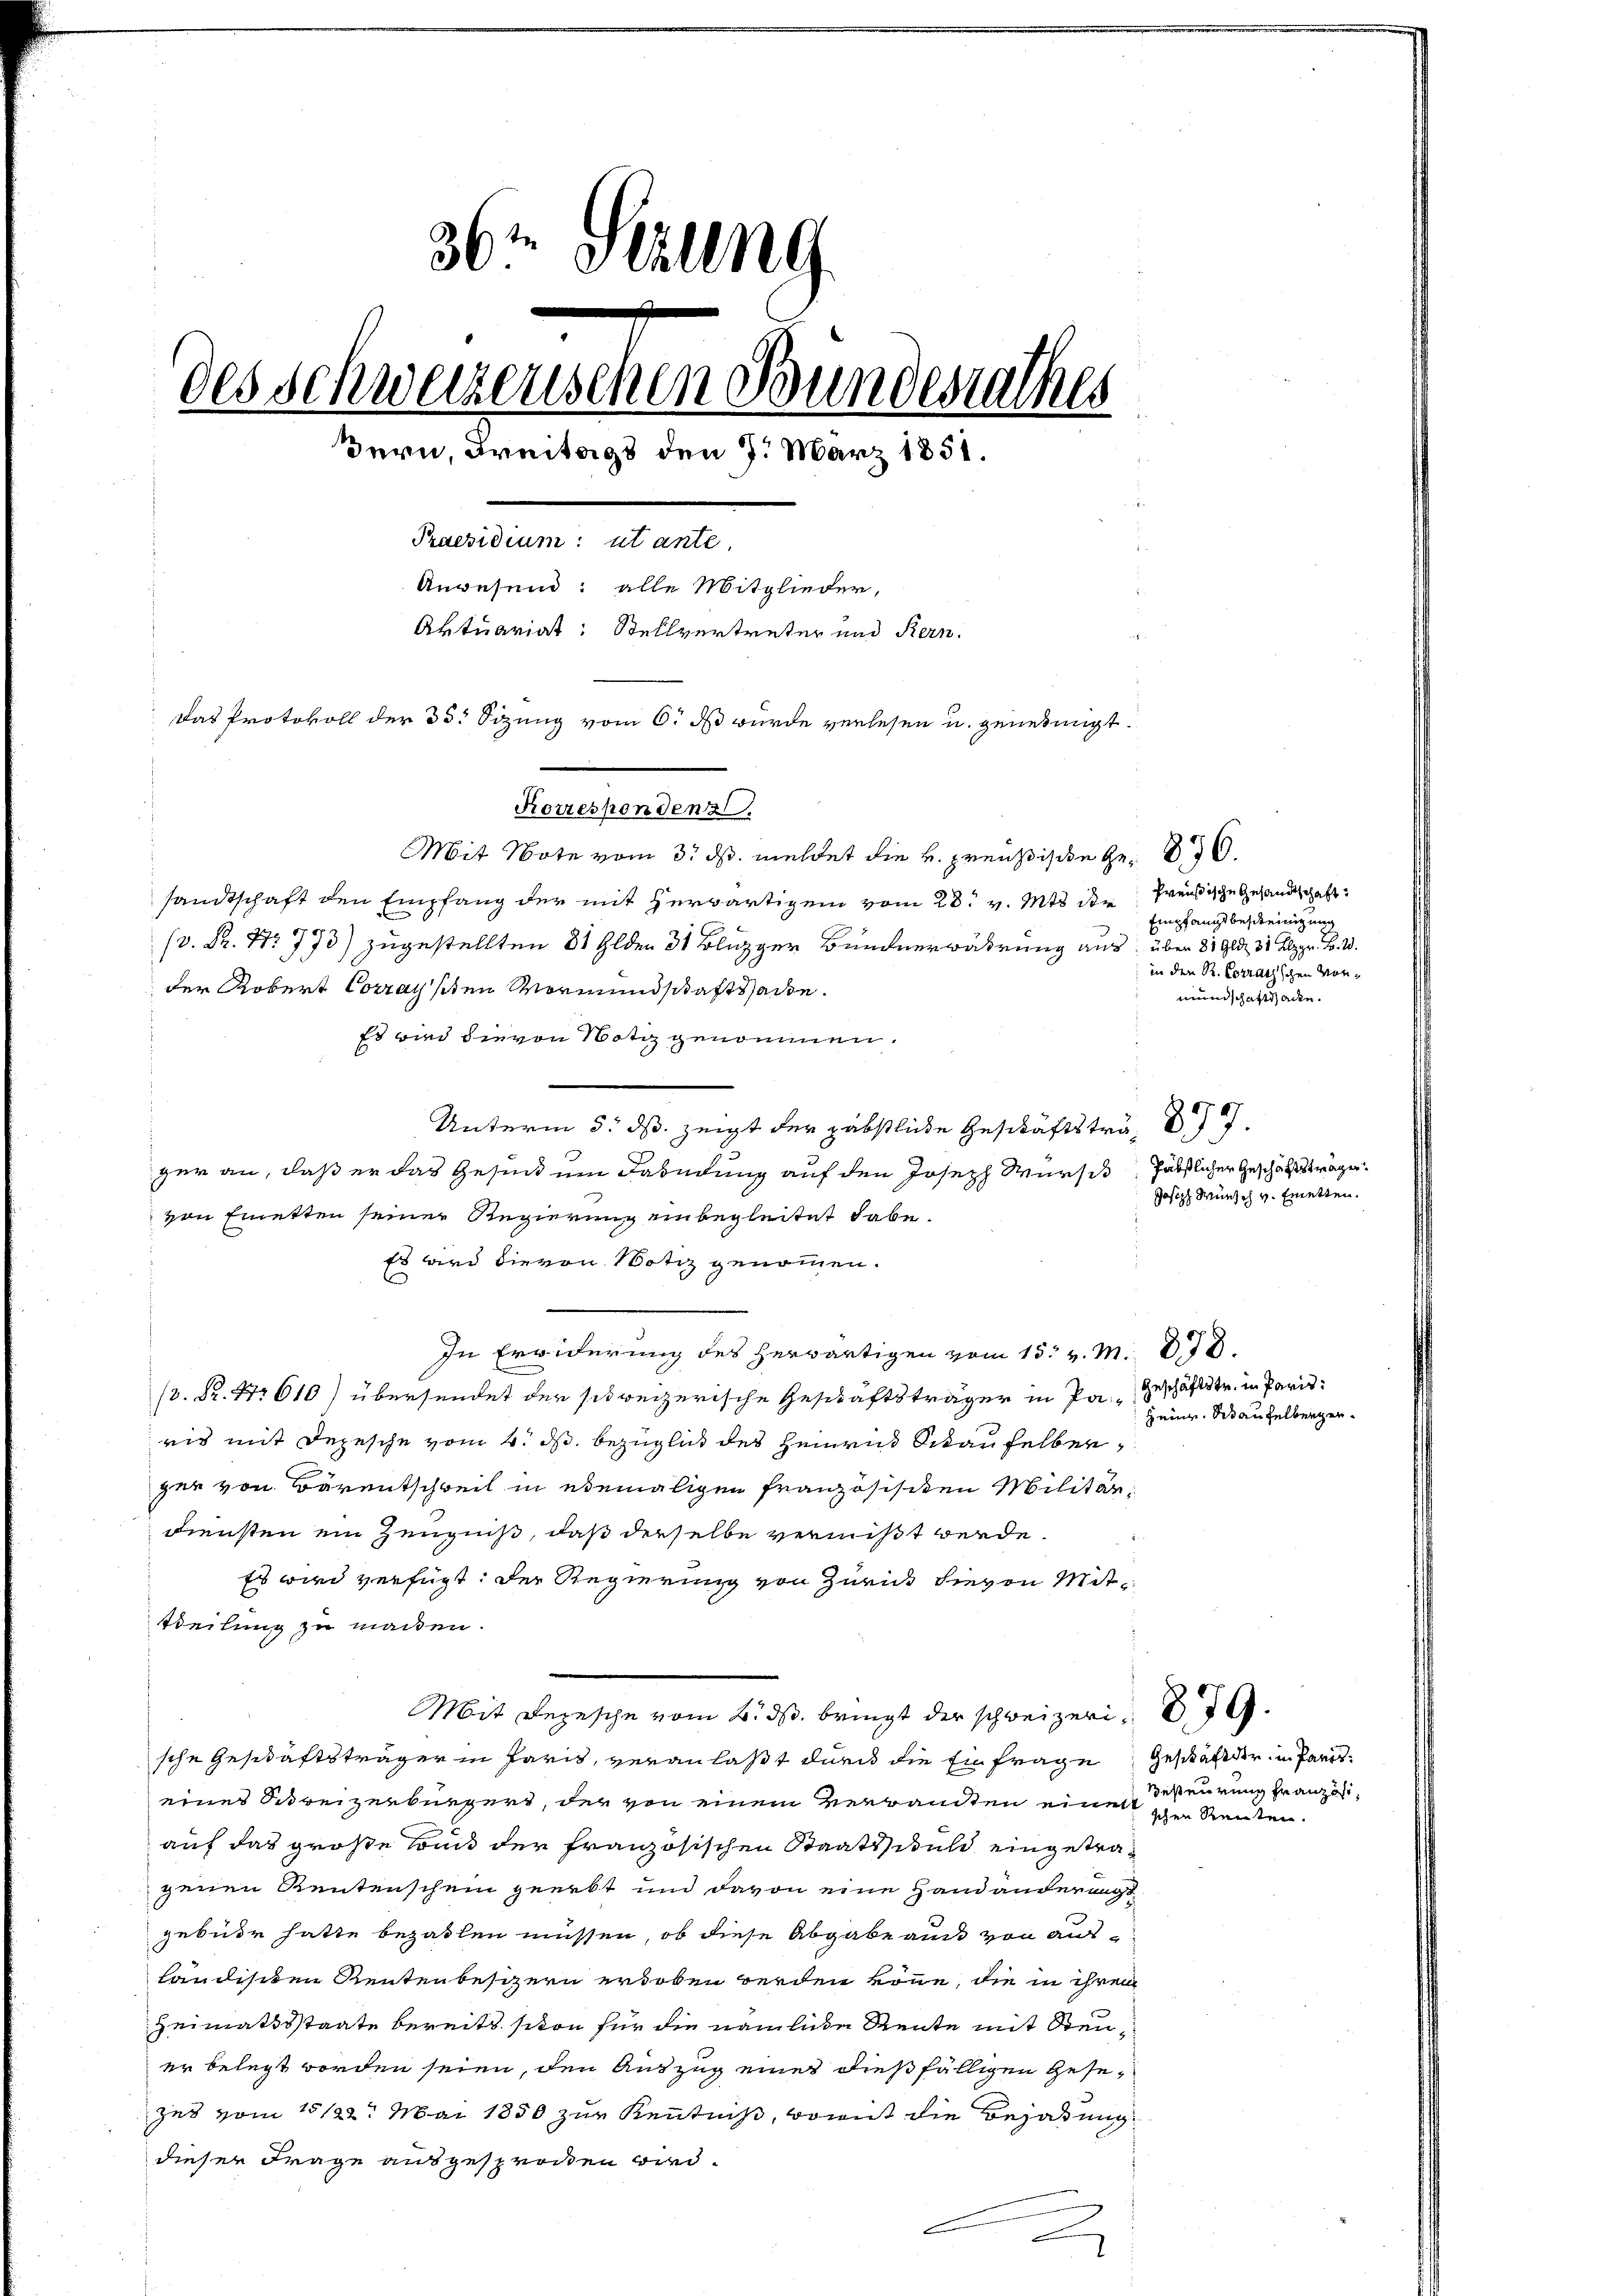
36 t Serung
des Schweizerischen Bundesrathes
Bern, Freitags den 7. März 1851.
Praesidium: ut ante
Anwesend: alle Mitglieder,
Aktuariat: Stellvertreter und Rern.
 Das Protokoll der 35: Sizung vom 6. ds wurde verlesen u. genehmigt.
Korrespondenz.

Mit Note vom 3. ds. meldet die H. Preußische Ge- 836.
sandtschaft den Empfang der mit herwärtigen vom 28. v. Mts. die freußische Gesandtschaft
(v. Kr. No 773) zugestellten 81 Glden 31 Blizger Bunderwährung aus, über 819 31 Alppr. B. 2.
der Robert Corragsten Vormundschaftssache.
Es wird die von Notiz genommen.
Unterm 3. ds. zeigt der gäbstliche Geschäftsträg
ger an, daß er das Gesund um Fabedung auf den Joseph Würsck Päbstlicher Geschäftsträger
von Einetten seiner Regierung einbegleitet habe.
Es wird die von Notiz genommen.
.
In Erwiderung des herwärtigen vom 15. v. M. 88
 Nr. 610) übersendet der schweizerische Geschäftsträger in Pa-Geschäftstr. in Paris
ris mit Depesche vom 4. ds. bezüglich des Heinrad Schaufelberzer von Bärentschweil in ebemaligen Französischen Militär¬
Diensten ein Zeugniß, daß derselbe vermißt werde.
Es wird verfügt: der Regierung von Zürick hievon Mit¬
Weilung zu machen.
Mit Depesche vom 2. ds. bringt der schweizeri
sche Geschäftsträger in Paris, veranlaßt durch die Einfrage Geschäfeder in Pariseines Schreizerbürgers, der von einem Verwandten einen schen Renten.
auf das große Land der französischen Staatsschuld eingetragenen Rentenschein geerbt und davon eine Handänderangt
gebühr hatte bezahlen müssen, ob diese Abgabe auch von ausländischen Rentenbesizern erhoben werden könne, die in ihren
Heimatsstaate bereits siton für die nämliche Rente mit Steuer belegt worden seien, den Auszug eines dießfälligen Gesejus vom 15 122. Mai 1850 zur Kenntniß, womit die Bejahung
dieser Frage ausgesprochen wird.

Empfangsbescheinigung
 in den R. Corrathschen Vormundschaftsaden.

Joseph Wunsch v. Emetten.

Heim. Si aufelbergen.

Besteurung französt,